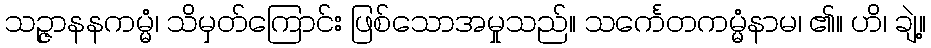
သဉ္ဇာနနကမ္မံ၊ သိမှတ်ကြောင်း ဖြစ်သောအမှုသည်။ သင်္ကေတကမ္မံနာမ၊ ၏။ ဟိ၊ ချဲ့။